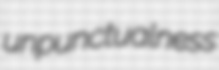
unpunctualness